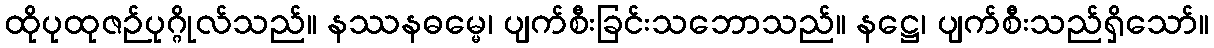
ထိုပုထုဇဉ်ပုဂ္ဂိုလ်သည်။ နဿနဓမ္မေ၊ ပျက်စီးခြင်းသဘောသည်။ နဋ္ဌေ၊ ပျက်စီးသည်ရှိသော်။